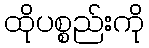
ထိုပစ္စည်းကို